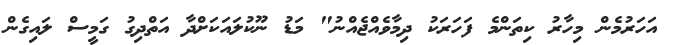
އަހަރުމެން މިހާރު ކިތަންމެ ފަހަރަކު ދިމާވެއްޖެއްނު" މަޑު ނޫކުލައަކަށްދާ އަތްދިގު ގަމީސް ލައިގެން